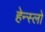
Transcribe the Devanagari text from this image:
हेन्स्लो